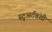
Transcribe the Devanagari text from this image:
स्टुअर्टवंशी